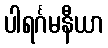
ပါရင်္ဂမနီယာ